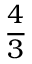
\frac { 4 } { 3 }